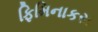
ફિમિનાકસ